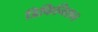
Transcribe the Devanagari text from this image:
डिफिनिशन